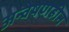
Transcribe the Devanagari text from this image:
अन्वेषणहीन